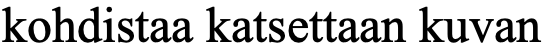
kohdistaa katsettaan kuvan